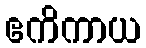
ဧကိကာယ